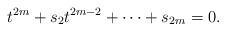
LaTeX: \begin{align*}t^{2m} + s_2 t^{2m-2} + \cdots + s_{2m}=0.\end{align*}